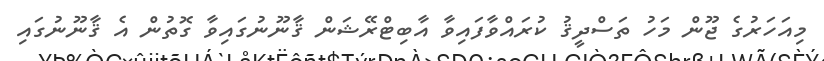
މިއަހަރުގެ ޖޫން މަހު ތަސްދީޤު ކުރައްވާފައިވާ އާބިޓްރޭޝަން ޤާނޫނުގައިވާ ގޮތުން އެ ޤާނޫނުގައި